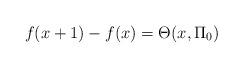
LaTeX: \begin{align*}f(x+1)-f(x)=\Theta(x,\Pi_{0})\end{align*}